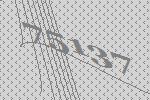
75137